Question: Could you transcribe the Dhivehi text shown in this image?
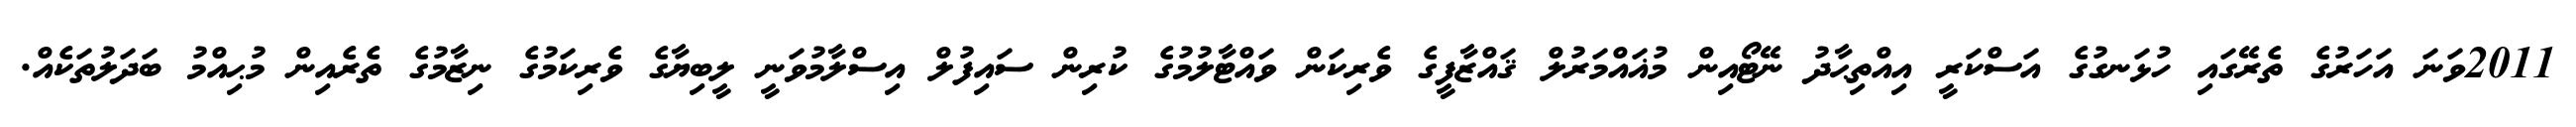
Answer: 2011ވަނަ އަހަރުގެ ތެރޭގައި ހުޅަނގުގެ އަސްކަރީ އިއްތިޙާދު ނޭޓޯއިން މުޣައްމަރުލް ޤައްޒާފީގެ ވެރިކަން ވައްޓާލުމުގެ ކުރިން ސައިފުލް އިސްލާމުވަނީ ލީބިޔާގެ ވެރިކަމުގެ ނިޒާމުގެ ތެރެއިން މުޙިއްމު ބަދަލުތަކެއް.